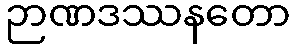
ဉာဏဒဿနတော